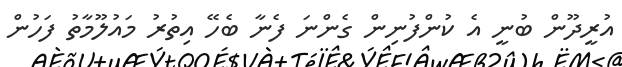
އުރީދޫން ބުނީ އެ ކުންފުނިން ގެންނަ ފެނާ ބެހޭ އިތުރު މައުލޫމާތު ފަހުން